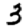
Digit: 3